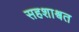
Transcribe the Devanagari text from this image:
सहशाश्वत